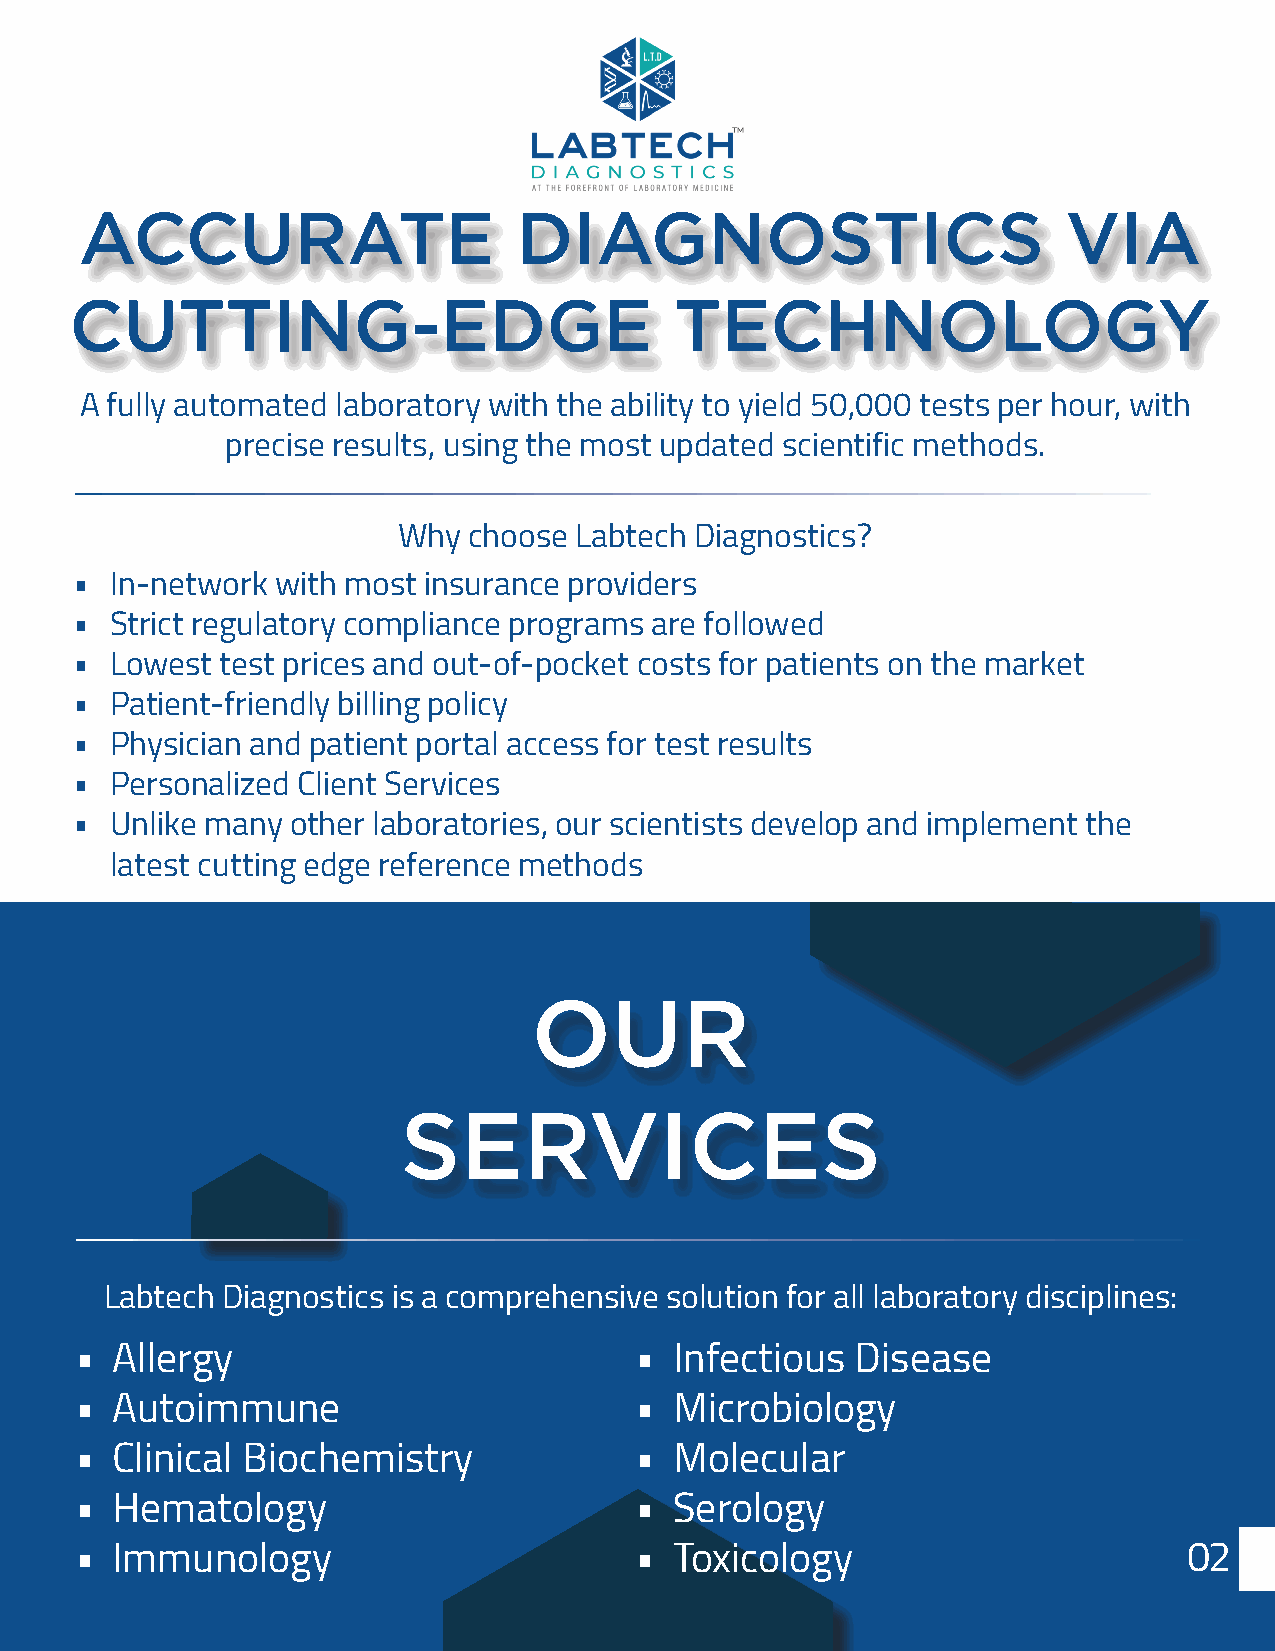
ACCURATE                     DIAGNOSTICS                          VIA
 CUTTING-EDGE                            TECHNOLOGY
 A fully automated laboratory with the ability to yield 50,000 tests per hour, with
 precise results, using the most updated scientific methods.
 Why  choose Labtech Diagnostics?
 • In-network with most insurance providers
 • Strict regulatory compliance programs are followed
 • Lowest  test prices and out-of-pocket costs for patients on the market
 • Patient-friendly billing policy
 • Physician and patient portal access for test results
 • Personalized Client Services
 • Unlike many other laboratories, our scientists develop and implement the
 latest cutting edge reference methods
 OUR
 SERVICES
 Labtech Diagnostics is a comprehensive solution for all laboratory disciplines:
 • Allergy                            •  Infectious  Disease
 • Autoimmune                         •  Microbiology
 • Clinical Biochemistry              •  Molecular
 • Hematology                         •  Serology
 • Immunology                         •  Toxicology                        02